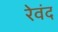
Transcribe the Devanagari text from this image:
रेवंद